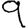
Digit: 9